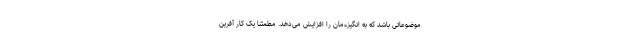
موضوعاتی باشد که به انگیزه‌‌مان را افزایش می‌دهد. مطمئنا یک کار آفرین